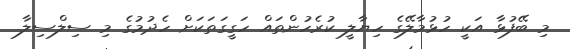
މި ބޭފުޅާ އަކީ ހުޅުމާލޭގެ ހިޔާލީ ކުރެހުންތައް ހަގީގަތަކަށް ހެދުމުގެ މި ސިލްސިލާ